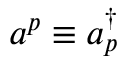
a ^ { p } \equiv a _ { p } ^ { \dagger }